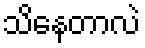
သိနေတာလဲ